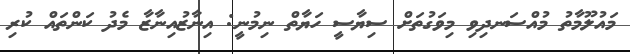
މައުލޫމާތު މުއްސަނދިވި މިވަގުތަށް ސިޔާސީ ހަޔާތް ނިމުނީ: އިނާޒުއިނާޒާ މެދު ކަންތައް ކުރި